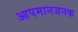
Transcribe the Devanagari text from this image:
आपमानजनक